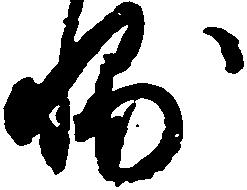
輔